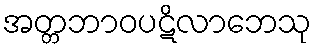
အတ္တဘာဝပဋိလာဘေသု